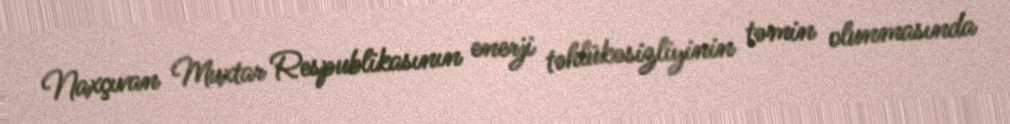
Naxçıvan Muxtar Respublikasının enerji təhlükəsizliyinin təmin olunmasında